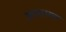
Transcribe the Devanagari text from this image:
असाध्या